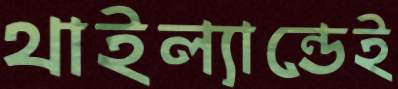
থাইল্যান্ডেই